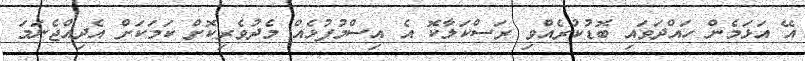
އޭ އަޅަމެން ހައްދަވައި ބޮޑުކުރެއްވި ރަސްކަލާކޮ އެ އިސްމުފުޅެއް މެދުވެރިކޮށް ކަމަކަށް އެދިއްޖެނަމަ